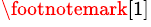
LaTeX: ^{\footnotemark[1]}